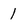
Character: 1